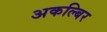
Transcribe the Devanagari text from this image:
अकल्बिर